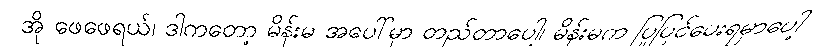
အို ဖေဖေရယ်၊ ဒါကတော့ မိန်းမ အပေါ်မှာ တည်တာပေါ့၊ မိန်းမက ပြုပြင်ပေးရမှာပေါ့